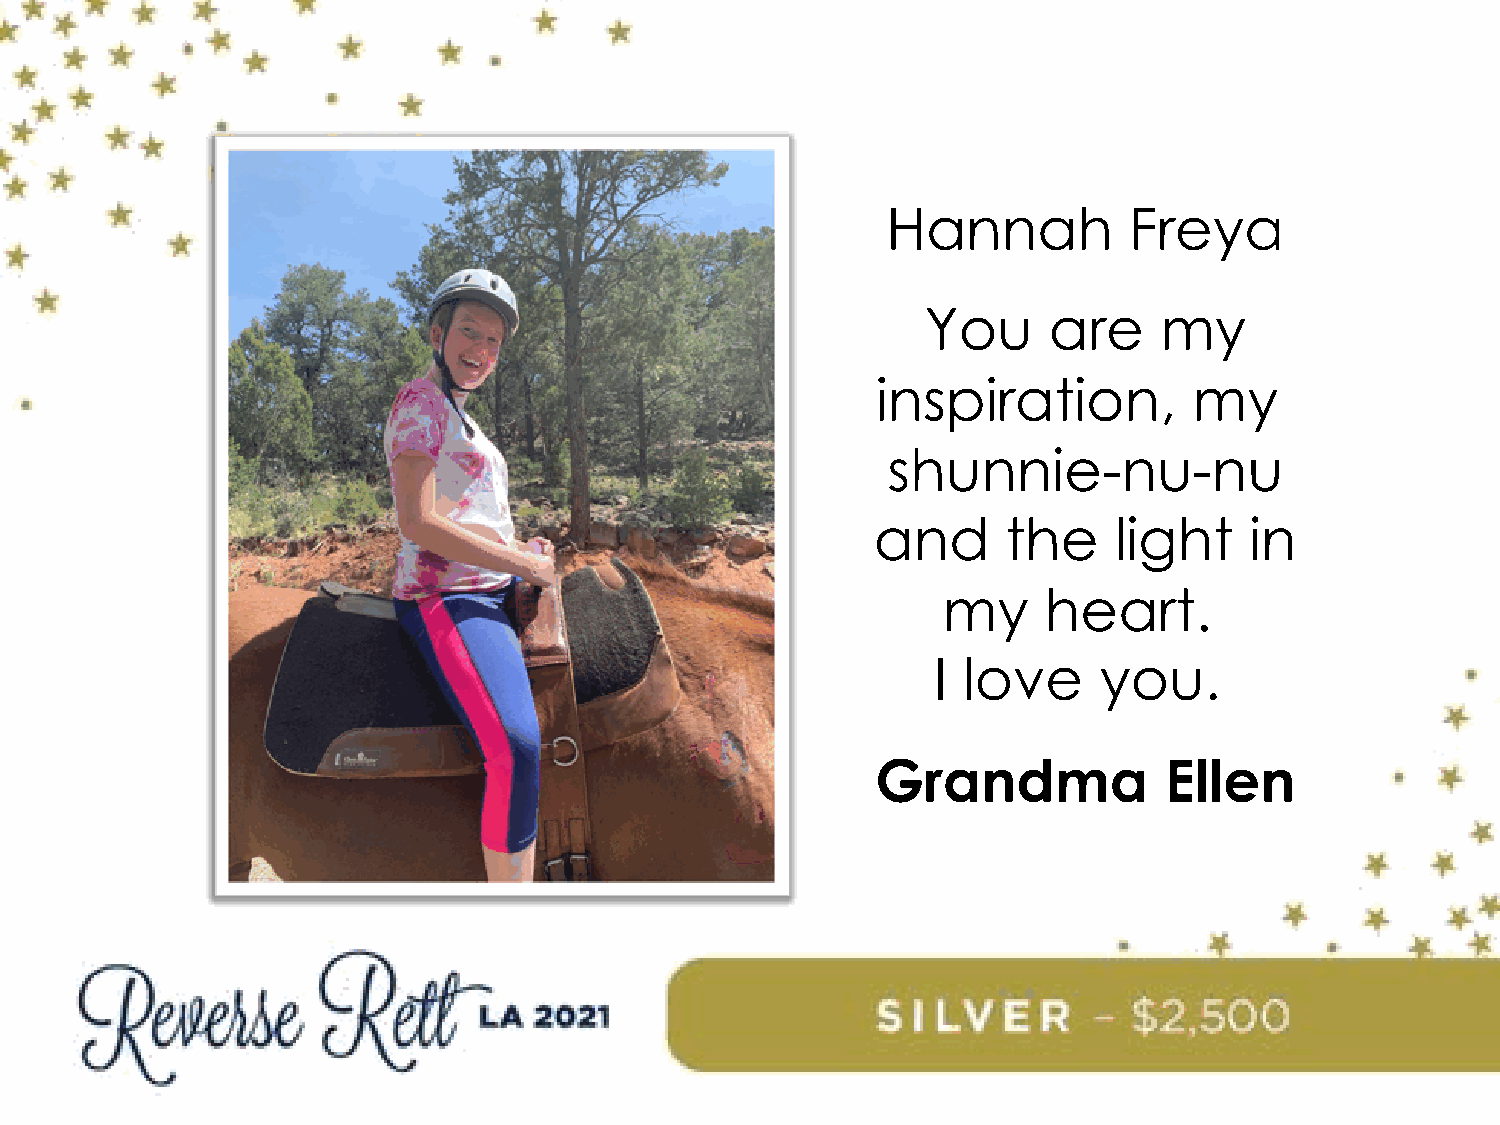
Hannah          Freya
 You     are     my
 inspiration,         my
 shunnie-nu-nu
 and      the    light    in
 my     heart.
 I love     you.
 Grandma            Ellen